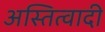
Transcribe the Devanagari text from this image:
अस्तित्वादी